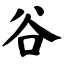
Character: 谷